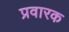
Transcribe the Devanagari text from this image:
प्रवारक